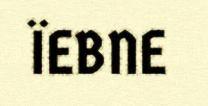
ÏEBNE